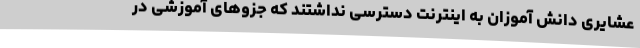
عشایری دانش آموزان به اینترنت دسترسی نداشتند که جزوهای آموزشی در